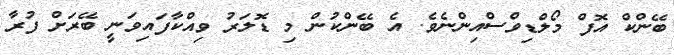
ބޭންކް އޮފް މޯލްޑިވްސްއިންނެވެ. އެ ބޭންކުން މި ޑޮލަރު ވިއްކާފައިވަނީ ބޭރަށް ފުރާ